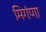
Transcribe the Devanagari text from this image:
मिगंणा